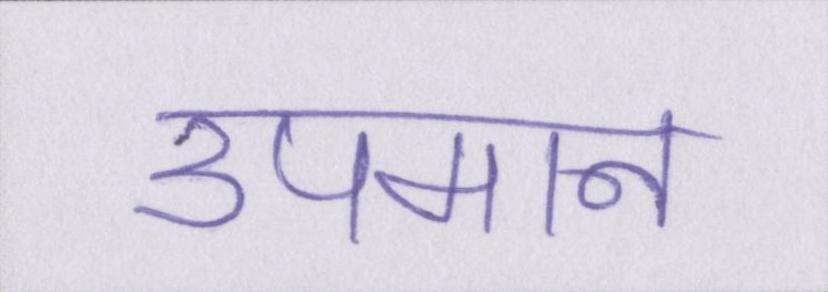
उपमान